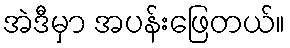
အဲဒီမှာ အပန်းဖြေတယ်။